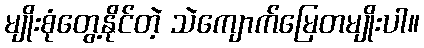
မျိုးစုံတွေ့နိုင်တဲ့ သဲကျောက်မြေတမျိုးပါ။